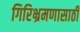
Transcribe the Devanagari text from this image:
गिरिभ्रमणासाठी